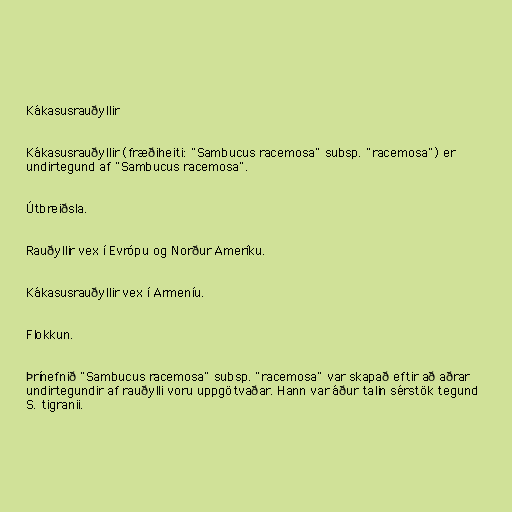
Kákasusrauðyllir

Kákasusrauðyllir (fræðiheiti: "Sambucus racemosa" subsp. "racemosa") er
undirtegund af "Sambucus racemosa".

Útbreiðsla.

Rauðyllir vex í Evrópu og Norður Ameríku.

Kákasusrauðyllir vex í Armeníu.

Flokkun.

Þrínefnið "Sambucus racemosa" subsp. "racemosa" var skapað eftir að aðrar
undirtegundir af rauðylli voru uppgötvaðar. Hann var áður talin sérstök tegund
S. tigranii.